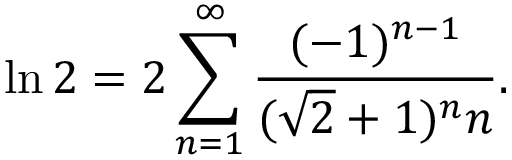
\ln 2 = 2 \sum _ { n = 1 } ^ { \infty } { \frac { ( - 1 ) ^ { n - 1 } } { ( { \sqrt { 2 } } + 1 ) ^ { n } n } } .